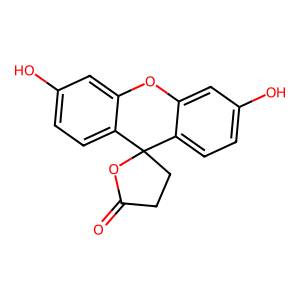
SMILES: O=C1CCC2(O1)c1ccc(O)cc1Oc1cc(O)ccc12
Inhibits HIV replication: No